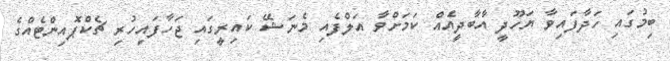
ބިމުގައި ހަދާފައިވާ ޔަހޫދީ އާބާދީއެއް ކަމަށްވާ އަލްފެއި މެނަޝޭ ކައިރީގައި ޖަހާފައިހުރި ޗެކްޕޮއިންޓެއްގެ